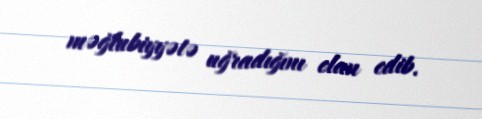
məğlubiyyətə uğradığını elan edib.